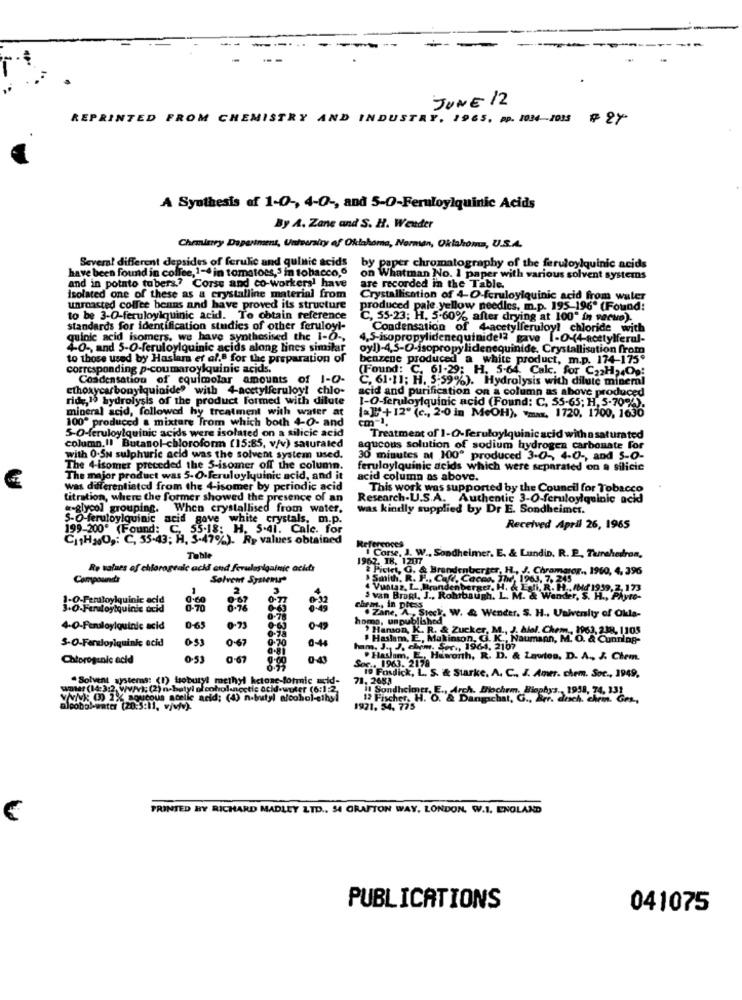
JUNE 12
REPRINTED FROM CHEMISTRY AND INDUSTRY, 1965, Pp. 1034-1035 # 24
A Synthesis of 1-0 -, 4-0 -, and 5-0-Feruloylquinic Acids
By A. Zane and S. H. Wender
Chemistry Daperiment, University of Oklahoma, Norman, Oklahoma, U.S.A.
Several different depsides of ferulic and quintic acids
have been found in coffee, 1-4 in tomatoes,3 in tobacco,6
by paper chromatography of the feruloylquinic acids
on Whatman No. 1 paper with various solvent systems
and in potato tubers? Corse and co-workersi have
are recorded in the Table.
isolated one of these as a crystalline material from
Crystallication of 4-O-fcruloylquinic acid from water
unroasted coffee beans and have proved its structure
produced pale yellow needles. m.p. 195-196* (Found:
to be 3-0-feruloylquinic acid. To obtain reference
C, 55-23; H. 5-60% after drying at 100" in serwo).
standards for identification studies of other feruloyl-
Condensation of 4-acetylferuloy! chloride with
quinic acid isomers, we have synthesised the I-O -,
4,5-isopropylidenequinide12 gave [-O-(4-acetylferal-
4-0 -, and 5-O-feruloylquinic acids along lines similar
oyl)-4,5-0-isopropylidenequinide. Crystallisation from
to those used by Haslam et al.e for the preparation of
benzene produced a white product, m.p. 174-175'
corresponding p-coumaroylquinic acids.
(Found: C. 61-29; H. 5-64. Calc. for C22H24Op!
Condensation of equimolar amounts of 1-O-
C. 61.11: H. 5-59%). Hydrolysis with dilute mineml
ethoxycarbonylquinide" with 4-acetylferuloy! chlo-
acid and purification on a column as above produced
ride,is hydrolysis of the product Formed with dilute
1-O-feruloylquinic acid (Found: C. 55-65; H, 5-70%).
mineral acid, followed by treatment with water at
=]+12" (c ., 2.0 in MeOH), "mar, 1720, 1700, 1630
100" produced a mixture Trom which both 4-0- and
cm-1.
5-O-feruloylquinic acids were isolated on a silicic acid
column,Il Butanol-chloroform [15:85, v/v) saturated
Treatment of 1-O-feruloylquinicacid with n saturated
aqucous solution of sodium hydrogen carbonate for
with 0.5N sulphuric acid was the solvent system used.
30 minutes a 100" produced 3-0 -, 4-0 -, and 5-0-
The 4-isomer preceded the S-isomer off the column.
ferulaylquinic acids which were separated on a silicic
The major product was 5-O-feruluylyuinic acid, and it
acid column as above.
was differentiated from the 4-isomer by periodic acid
This work was supported by the Council for Tobacco
titration, where the former showed the presence of an
Research-U.S.A. Authentic 3-O-feruloylquinic acid
«-glycol grouping.
When crystallised from water.
was kindly supplied by Dr E. Sondheimer.
5-O feruloylquinic acid gave
white crystals, m.p.
199-200' (Found: C, 55.18: H. 5.41. Calc. for
Received April 26, 1965
CITHNO ,: C, 55-43; H, 3-47%). Ry values obtained
References
Corse, J. W ., Sondheimer. E. & Lundio. R. P. Turahedron,
Table
1962. TR. 1207
Re values of chlorogtale acid and ferulasigainic acids
2 Pickci, G. & Brendenberger, H ., J. Chrammer ., 1960, 4, 396
Compound's
Solvent System
> Smith, R. H ., Cafe, Cacao, The, 1963, 7, 245
1
2
4 Vuntas. L ., Brandenberger, H. & Egli, R. H ., AMd 1939, 2, 173
Tall, R. H .. /Md 1939, 2, 173
1-O-Feraloylquinic acid
S van Bragt, J ., Rohrbaugh. L. M. & Wender, S. H ., Phyr
3+0-Feruloytquinic acid
0.76
0:63
chem ., in press
. Zane, A ., Steck. W. & Wender. S. H ., University of Okla-
0.73
0.78
homo, unpublished
4-0-Fenaloyiquinic acid
0-65
0.78
0.63
" Hanson, K. R. & Zucker, M ., J. àlal. Chem ., 1963, 238, 1105
053
0.67
0.70
0-44
Haslam, E, Makinton, G. K ., Naumann, M. O. & Cunning-
S-O-Fansloriquinic acid
ham, J. J. chem. Ser ,, 1964, 2107
Chtprogunic acid
0-67
Haslam,
1963. 2179
Haworth, R. D. & Lawtos. D. A ., J. Chem.
19 Fosdick, L. S. & Starke. A. C ., J. Amer. chem. Soc ., 1949,
. Solvent systems: (1) toburyt methyl ketone-lotmic acid-
71, 2683
water (14:3:2, Ww/v): (2) n-butyl alcohol.noctic acid.wuter (6:1 2
V: 0) 2% aoucous acelle acid; (4) n.butyl alcohol-e
!! Sondheimer, E ., Arch. Mochem. Biophys ., 1948, 74. 131
Fischer. H.
her. H. O. & Dangachat, G ., Brr. drich, chein. G
alcohol-water (20:5:1), w/wMv).
1921. 54. 775
PRINTED BY RICHARD MADLEY LTD ., 54 GRAFTON WAY, LONDON, W.I, ENGLAND
PUBLICATIONS
041075